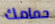
حمامك